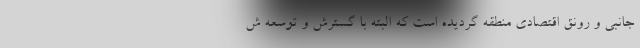
جانبی و رونق اقتصادی منطقه گردیده است که البته با گسترش و توسعه ش